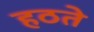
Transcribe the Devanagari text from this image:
हठते